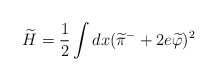
\begin{align*}\widetilde H= \frac{1}{2}\int dx(\widetilde \pi^{-}+2e\widetilde\varphi)^2\end{align*}